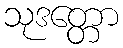
သုဒတ္တော